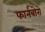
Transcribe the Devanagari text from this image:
फार्नबोरो